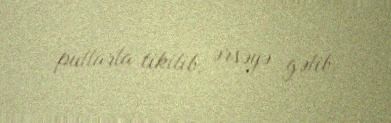
pullarla tikilib, ərsəyə gəlib.